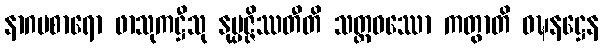
နာဂပစာရော ဖာသုကဋ္ဌီသု နုပ္ပဇ္ဇိဿတီတိ သတ္တဝဿော ကတွာတိ ဝဍ္ဎနဋ္ဌေန